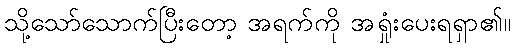
သို့သော်သောက်ပြီးတော့ အရက်ကို အရှုံးပေးရရှာ၏။